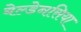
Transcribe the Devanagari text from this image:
बेल्डेनसिया